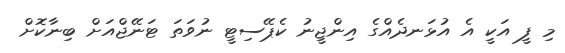
މި ފީ އަކީ އެ އުޅަނދެއްގެ އިންޖީނު ކެޕޭސިޓީ ނުވަތަ ޓަނޭޖްއަށް ބިނާކޮށް